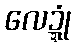
လေဍ္ဍုံ